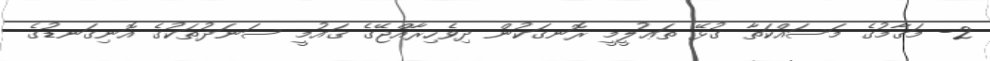
2- މަޤާމުގެ މަސައްކަތާ ގުޅޭ ތަޢުލީމީ ރޮނގަކުން ދިވެހިރާއްޖޭގެ ޤައުމީ ސަނަދުތަކުގެ އޮނިގަނޑުގެ